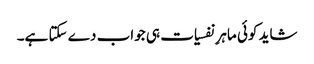
شاید کوئی ماہرِ نفسیات ہی جواب دے سکتا ہے۔